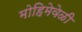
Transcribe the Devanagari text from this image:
मोहिमेवेळी